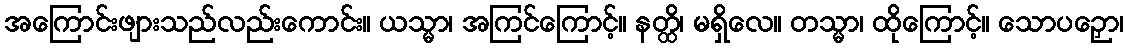
အကြောင်းဖျားသည်လည်းကောင်း။ ယသ္မာ၊ အကြင်ကြောင့်။ နတ္ထိ၊ မရှိလေ။ တသ္မာ၊ ထိုကြောင့်။ သောပဉှော၊